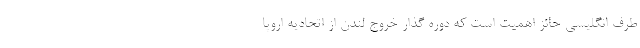
طرف انگلیسی حائز اهمیت است که دوره گذار خروج لندن از اتحادیه اروپا